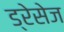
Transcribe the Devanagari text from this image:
ड्रेसेज